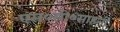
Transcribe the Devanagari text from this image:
एस०सी०साहनी